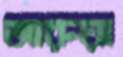
আরুয়া